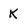
Character: K